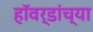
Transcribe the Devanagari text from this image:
हॉवर्डांच्या